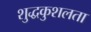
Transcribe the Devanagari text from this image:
शुद्धकुशलता